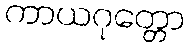
ကာယဂုတ္တော